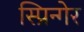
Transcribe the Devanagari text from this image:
स्प्रिन्गेर